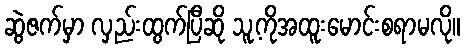
ဆွဲဇက်မှာ လှည်းထွက်ပြီဆို သူ့ကိုအထူးမောင်းစရာမလို။